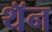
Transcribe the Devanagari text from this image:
थॅन